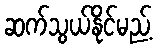
ဆက်သွယ်နိုင်မည့်